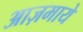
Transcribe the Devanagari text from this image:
आज़माये